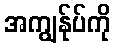
အကျွန်ုပ်ကို